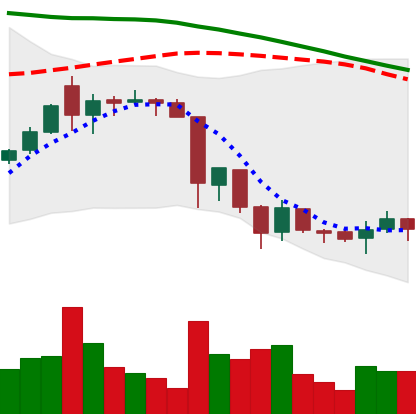
Ticker: XRP-USD
Chart end date: 2018-06-20
Forward return: -10.668%
Label: down_7plus